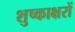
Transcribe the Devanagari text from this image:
शुष्काक्षरों